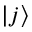
| j \rangle